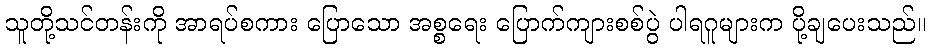
သူတို့သင်တန်းကို အာရပ်စကား ပြောသော အစ္စရေး ပြောက်ကျားစစ်ပွဲ ပါရဂူများက ပို့ချပေးသည်။